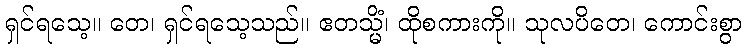
ရှင်ရသေ့။ တေ၊ ရှင်ရသေ့သည်။ ဧတသ္မိံ၊ ထိုစကားကို။ သုလပိတေ၊ ကောင်းစွာ